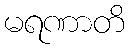
မရဏာတိ